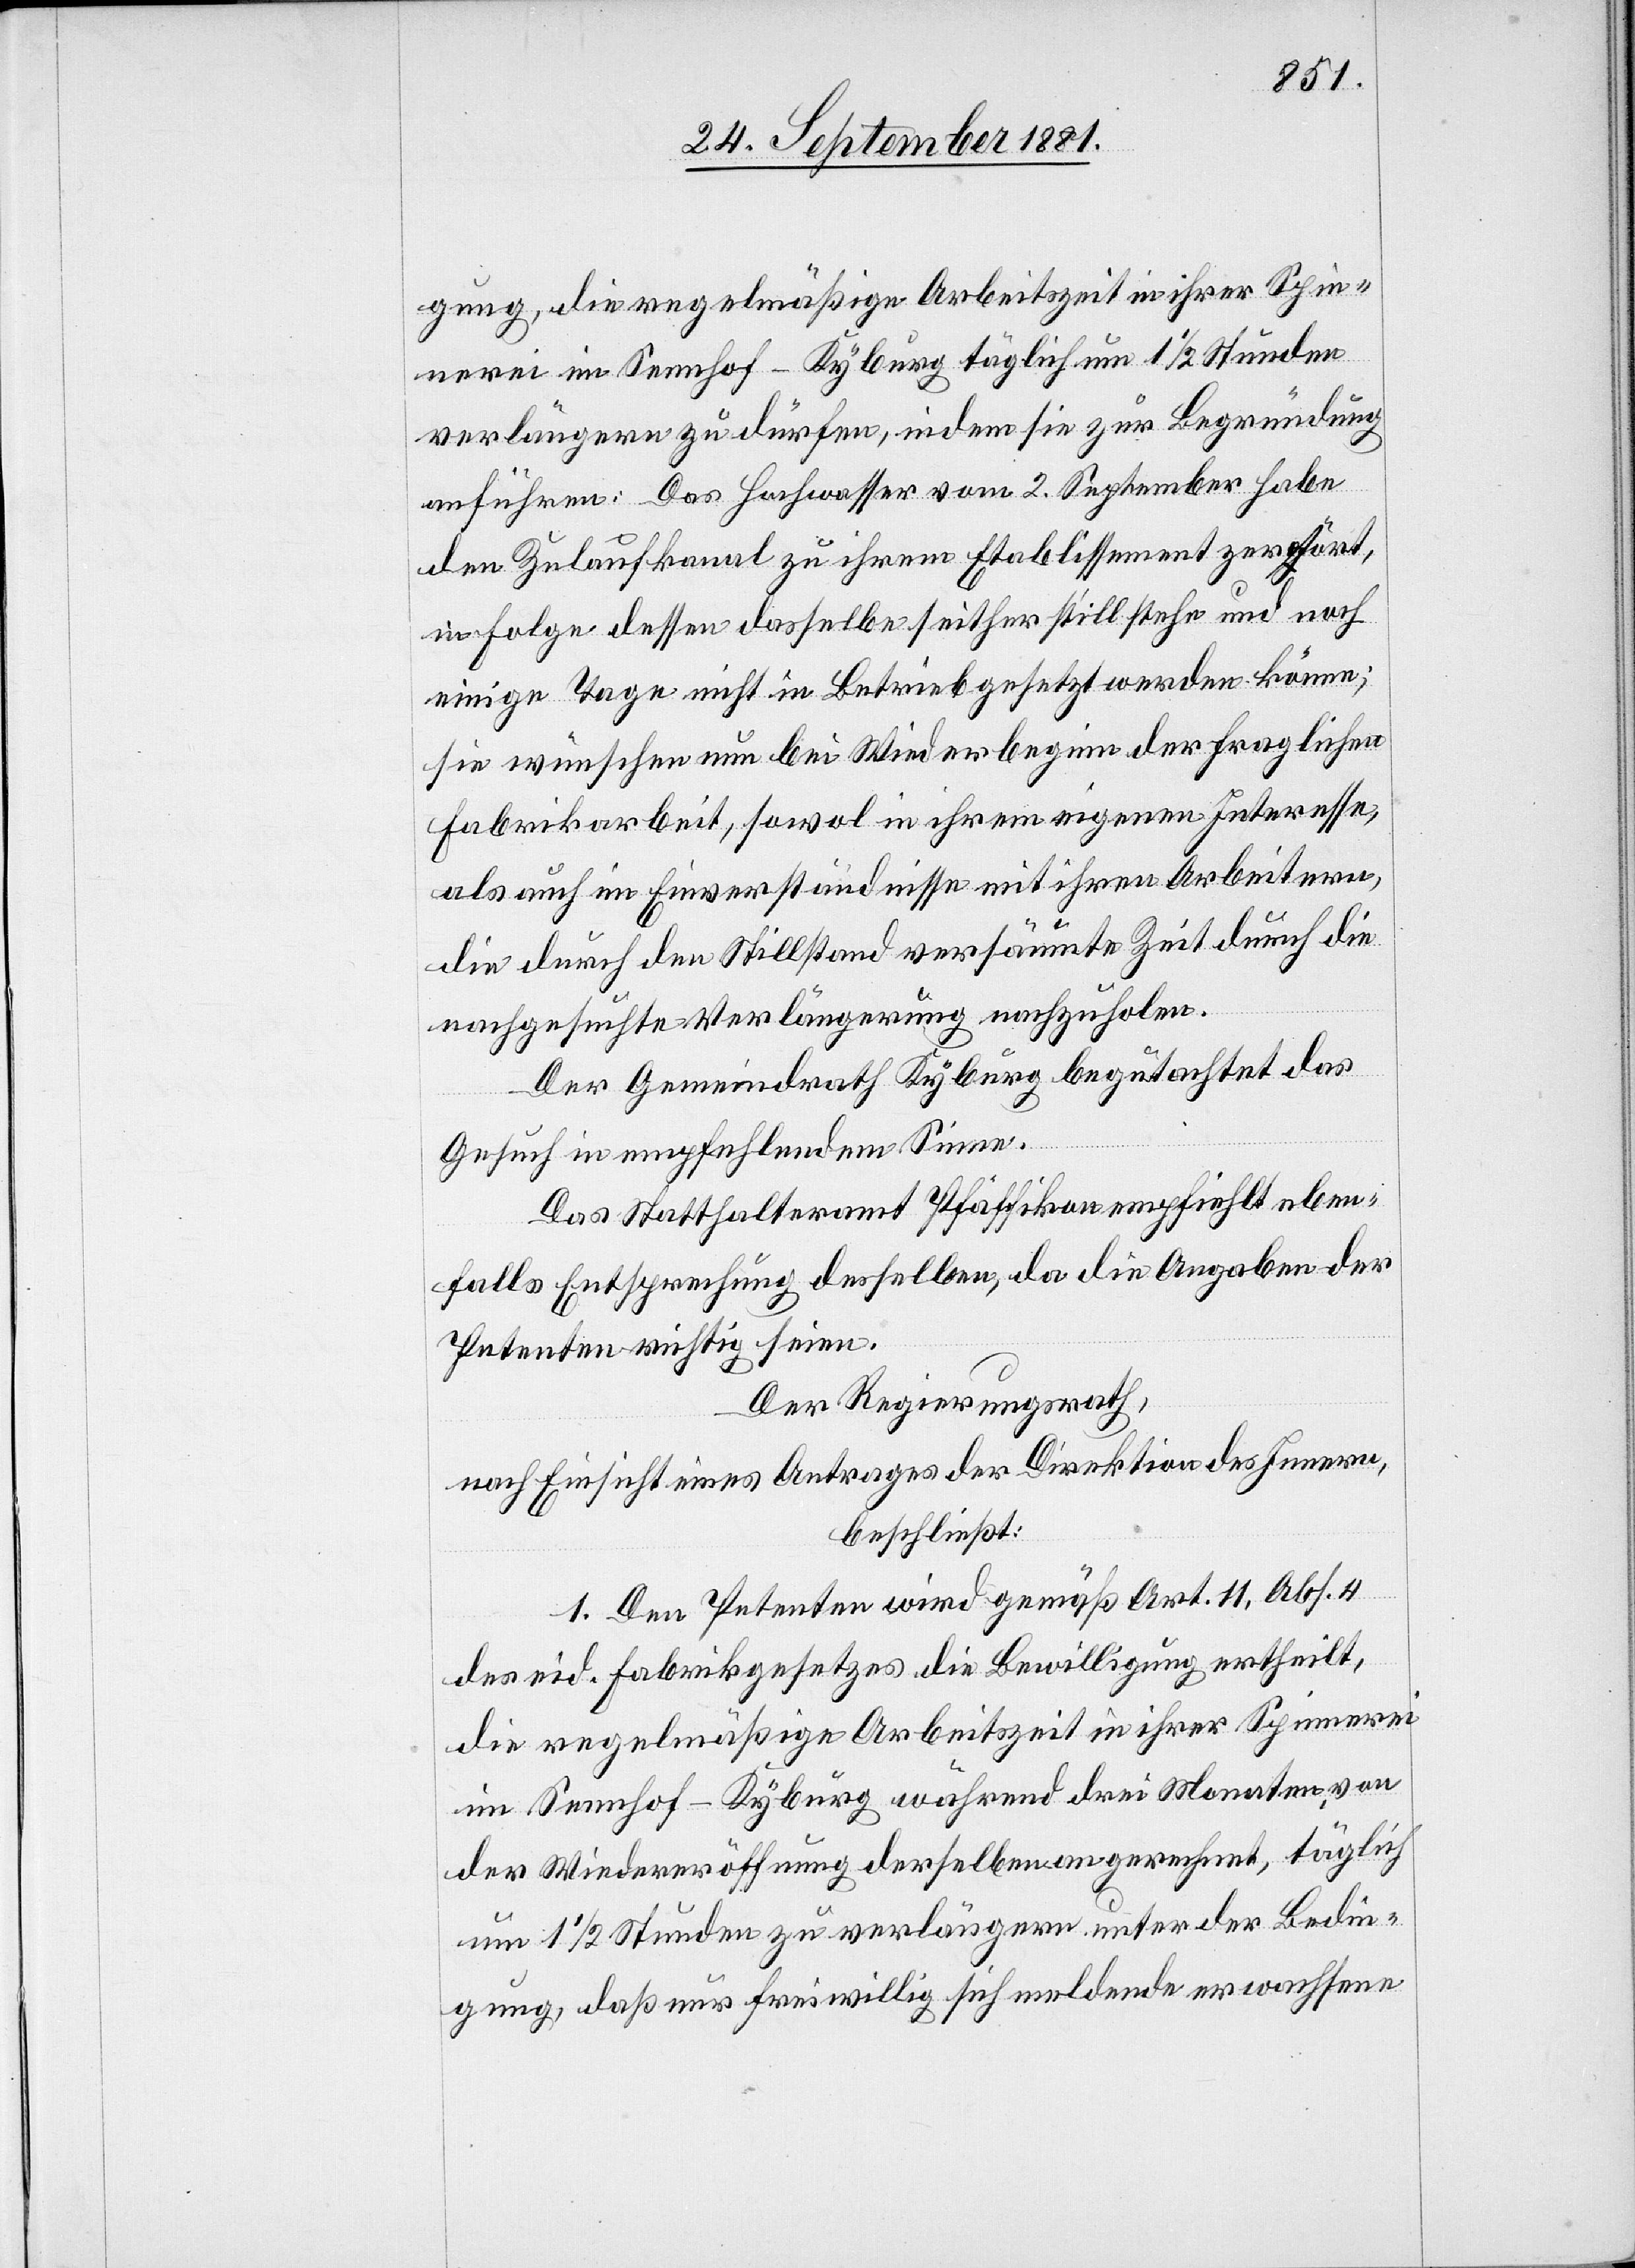
gung, die regelmäßige Arbeitszeit in ihrer Spin¬
nereien im Sennhof - Kyburg täglich um 1 1/2 Stunden
verlängern zu dürfen, indem sie zur Begründung
anführen: Das Hochwasser vom 2. September habe
den Zulaufkanal zu ihrem Etablissement zerstört,
in Folge dessen dasselbe seither still stehe und noch
einige Tage nicht in Betrieb gesetzt werden könne;
sie wünschen nun bei Wiederbeginn der fraglichen
Fabrikarbeit, sowol in ihrem eigenen Interesse,
als auch im Einverständnisse mit ihren Arbeitern,
die durch den Stillstand versäumte Zeit durch die
nachgesuchte Verlängerung nachzuholen.
Der Gemeindrath Kyburg begutachtet das
Gesuch in empfehlendem Sinne.
Das Statthalteramt Pfäffikon empfiehlt eben¬
falls Entsprechung desselben, da die Angaben der
Petenten richtig seien.
Der Regierungsrath,
nach Einsicht eines Antrages der Direktion des Innern,
beschließt:
1. Den Petenten wird gemäß Art. 11, Abs. 4
des eid. Fabrikgesetzes die Bewilligung ertheilt,
die regelmäßige Arbeitszeit in ihrer Spinnerei
im Sennhof - Kyburg während drei Monaten, von
der Wiedereröffnung derselben an gerechnet, täglich
um 1 1/2 Stunden zu verlängern unter der Bedin¬
gung, daß nur freiwillig sich meldende erwachsene